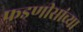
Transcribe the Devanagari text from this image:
फडणीसांच्या